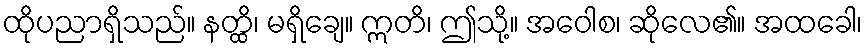
ထိုပညာရှိသည်။ နတ္ထိ၊ မရှိချေ။ ဣတိ၊ ဤသို့။ အဝေါစ၊ ဆိုလေ၏။ အထခေါ၊